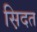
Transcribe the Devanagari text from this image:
स़िदत